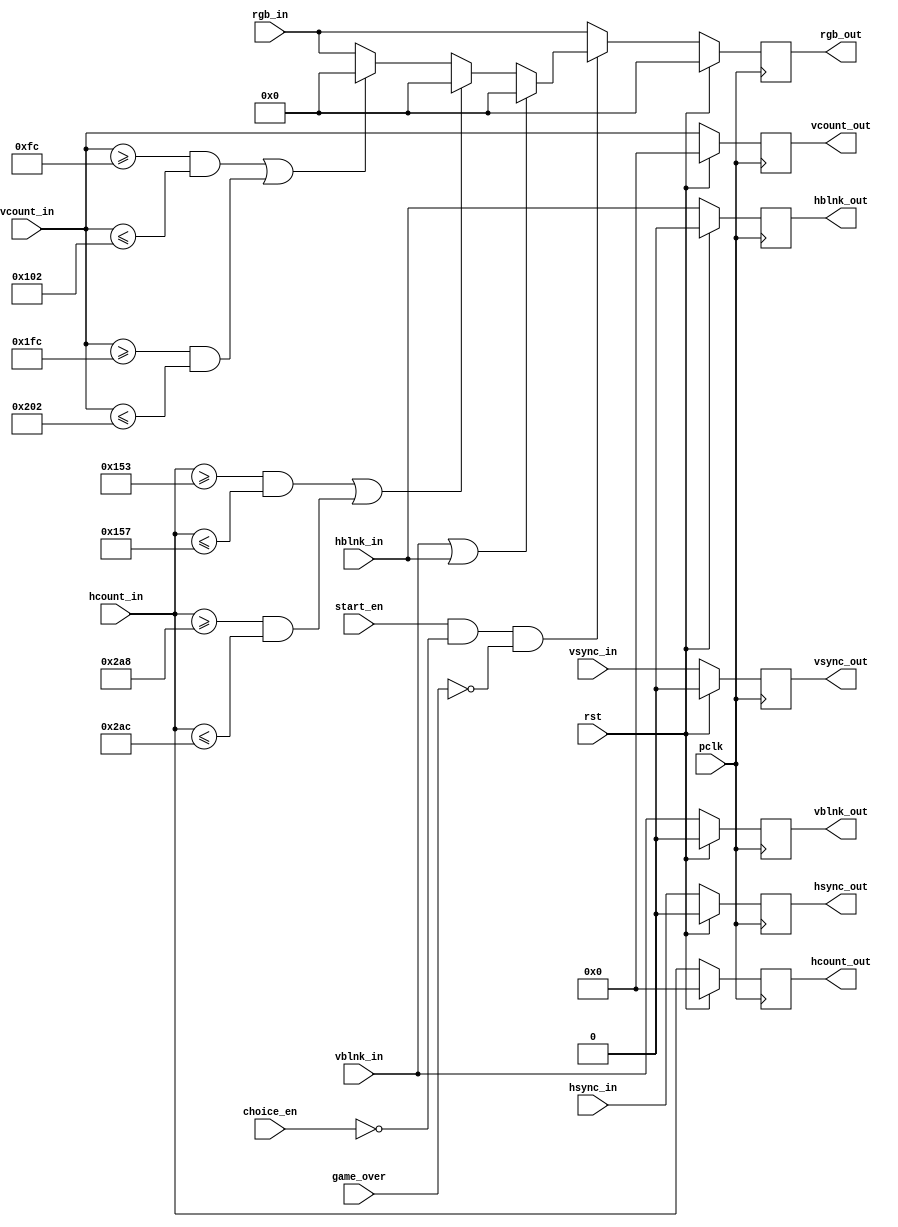
`timescale 1ns / 1ps
//////////////////////////////////////////////////////////////////////////////////
// Company: AGH UST
// Engineers: Hubert Kwaniewski, Marcin Mistela
// 
// Design Name: 
// Module Name: draw_background
// Project Name: Tic-tac-toe game
// Target Devices: 
// Tool Versions: 
// Description: 
// 
// Dependencies: 
// 
// Revision:
// Revision 0.01 - File Created
// Additional Comments:
// 
//////////////////////////////////////////////////////////////////////////////////


module draw_background(
    input wire pclk,
    input wire rst,
    input wire [10:0] hcount_in,
    input wire hsync_in,
    input wire hblnk_in,
    input wire [10:0] vcount_in,
    input wire vsync_in,
    input wire vblnk_in,
    input wire [11:0] rgb_in,
    input wire start_en,
    input wire choice_en,
    input wire game_over,
    output reg [10:0] hcount_out,
    output reg hsync_out,
    output reg hblnk_out,
    output reg [10:0] vcount_out,
    output reg vsync_out,
    output reg vblnk_out,
    output reg [11:0] rgb_out
    );
    
    reg [11:0] rgb_out_nxt;
    reg hsync_out_nxt;
    reg vsync_out_nxt;
    reg [10:0] hcount_out_nxt;
    reg [10:0] vcount_out_nxt;
    reg hblnk_out_nxt;
    reg vblnk_out_nxt;
    
    always @(posedge pclk)
      begin
        if(rst)
        begin
            hsync_out <= 0;
            vsync_out <= 0;
            hblnk_out <= 0;
            vblnk_out <= 0;
            hcount_out <= 0;
            vcount_out <= 0;
            rgb_out <= 0;
        end
        else
        begin
            hsync_out <= hsync_out_nxt;
            vsync_out <= vsync_out_nxt;
            vblnk_out <= vblnk_out_nxt;
            hblnk_out <= hblnk_out_nxt;
            hcount_out <= hcount_out_nxt;
            vcount_out <= vcount_out_nxt;
            rgb_out <= rgb_out_nxt;
        end
      end
    
    always@*
    begin
    
            hsync_out_nxt = hsync_in;
            vsync_out_nxt = vsync_in;
            hblnk_out_nxt = hblnk_in;
            vblnk_out_nxt = vblnk_in;
            hcount_out_nxt = hcount_in;
            vcount_out_nxt = vcount_in;
            
            if((start_en && (~choice_en) && (~game_over)))
            begin
                if (vblnk_in || hblnk_in) rgb_out_nxt = 12'h0_0_0; 
                else if(((hcount_in >= 339) && (hcount_in <= 343)) || ((hcount_in >= 680) && (hcount_in <= 684)))
                begin
                    rgb_out_nxt = 12'h0_0_0;
                end
                else if((vcount_in >= 252) && (vcount_in <= 258) || (vcount_in >= 508) && (vcount_in <= 514))
                begin
                    rgb_out_nxt = 12'h0_0_0;
                end
                else
                begin
                    rgb_out_nxt = rgb_in;   
                end
            end
            else
            begin
                rgb_out_nxt = rgb_in;
            end
    end
    
endmodule